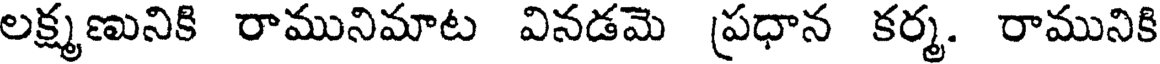
లక్ష్మణునికి రామునిమాట వినడమె ప్రధాన కర్మ. రామునికి